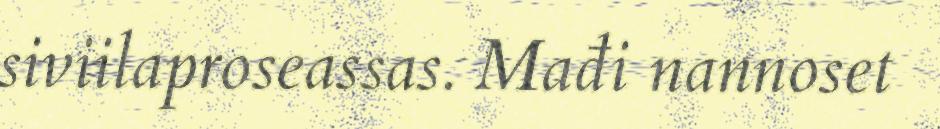
siviilaproseassas. Mađi nannoset